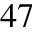
^ { 4 7 }